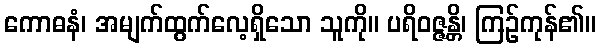
ကောဓနံ၊ အမျက်ထွက်လေ့ရှိသော သူကို။ ပရိဝဇ္ဇန္တိ၊ ကြဉ်ကုန်၏။